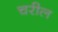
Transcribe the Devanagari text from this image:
चरील